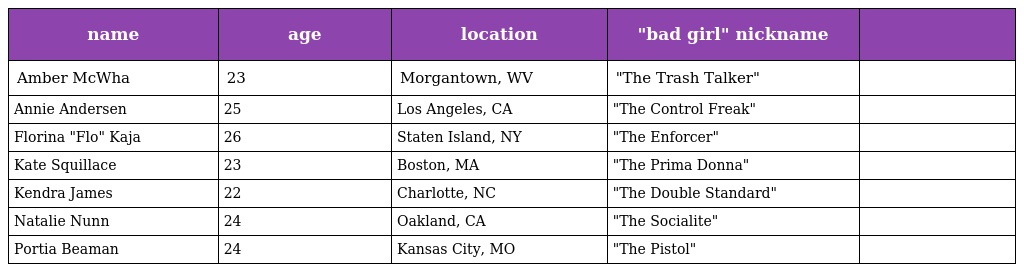
| name | age | location | "bad girl" nickname |  |
 | --- | --- | --- | --- | --- |
 | Amber McWha | 23 | Morgantown, WV | "The Trash Talker" |  |
 | Annie Andersen | 25 | Los Angeles, CA | "The Control Freak" |  |
 | Florina "Flo" Kaja | 26 | Staten Island, NY | "The Enforcer" |  |
 | Kate Squillace | 23 | Boston, MA | "The Prima Donna" |  |
 | Kendra James | 22 | Charlotte, NC | "The Double Standard" |  |
 | Natalie Nunn | 24 | Oakland, CA | "The Socialite" |  |
 | Portia Beaman | 24 | Kansas City, MO | "The Pistol" |  |